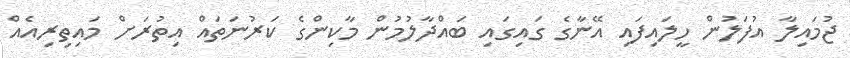
ޖުމައިލާ އުފަލުން ހީލައިފައި އޭނާގެ ގައިގައި ބައްދާލުމުން މާކިންގެ ކަރުނަތައް އިތުރަށް މައިތިރިއެއް